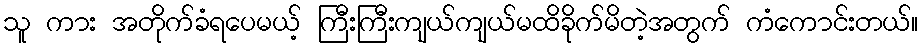
သူ ကား အတိုက်ခံရပေမယ့် ကြီးကြီးကျယ်ကျယ်မထိခိုက်မိတဲ့အတွက် ကံကောင်းတယ်။